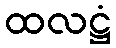
ထလဋ္ဌံ